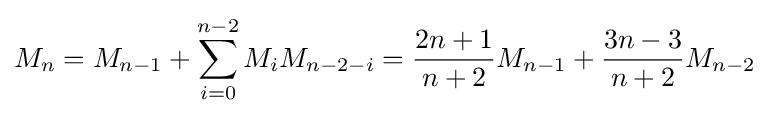
M_{n}=M_{n-1}+\sum _{i=0}^{n-2}M_{i}M_{n-2-i}={\frac {2n+1}{n+2}}M_{n-1}+{\frac {3n-3}{n+2}}M_{n-2}